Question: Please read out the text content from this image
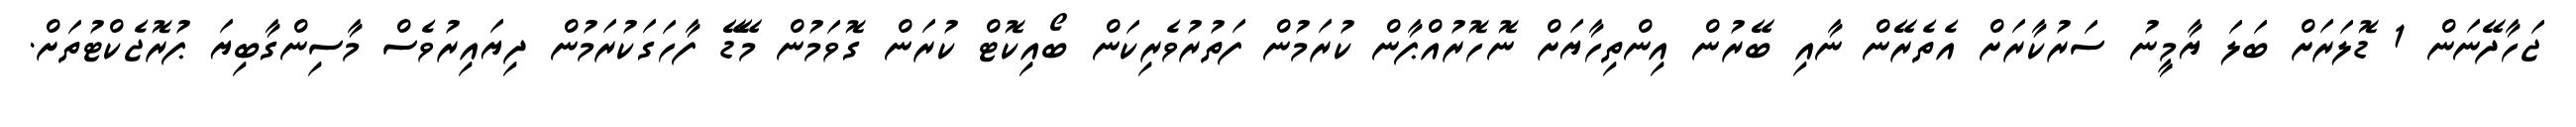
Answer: ޖަހާދޭނަން 1 ޑޮލަރަށް ބަލަ ޔާމީނު ސަރުކާރަށް އެތެރޭން ނާއި ބޭރުން އިންތިހާޔަށް ނޮހޮރުއްޕާން ކުރަމުން ފަތުރުވެރިކަން ބޯއިކޮޓް ކުރަން ގޮވަމުން މޭޑޭ ފާހަގަކުރަމުން ދިޔައިރުވެސް މާސިންގާބިޔަ ޕުރޮޖެކްޓުތަށް.